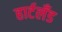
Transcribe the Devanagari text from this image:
हार्टलॅंड